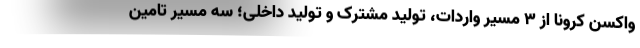
واکسن کرونا از ۳ مسیر واردات، تولید مشترک و تولید داخلی؛ سه مسیر تامین